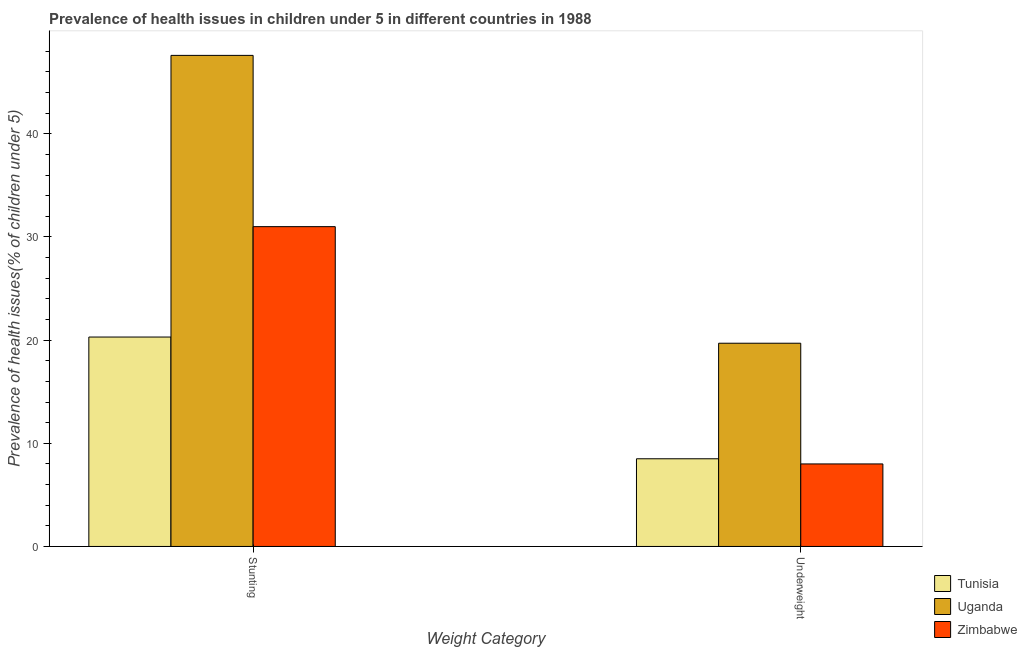
| Weight Category | Tunisia | Uganda | Zimbabwe |
 | --- | --- | --- | --- |
 | Stunting | 20.3 | 47.6 | 31 |
 | Underweight | 8.5 | 19.7 | 8 |